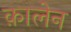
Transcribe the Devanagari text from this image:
क़ालेन